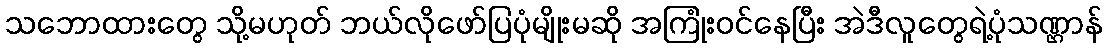
သဘောထားတွေ သို့မဟုတ် ဘယ်လိုဖော်ပြပုံမျိုးမဆို အကြုံးဝင်နေပြီး အဲဒီလူတွေရဲ့ပုံသဏ္ဌာန်